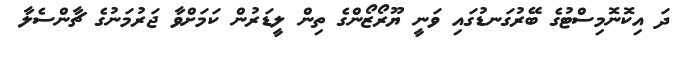
ދަ އިކޮނޮމިސްޓުގެ ބޭރުގަނޑުގައި ވަނީ ޔޫރޯޒޯންގެ ތިން ލީޑަރުން ކަމަށްވާ ޖަރުމަނުގެ ޗާންސެލާ